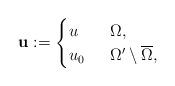
LaTeX: \begin{align*}&\mathbf{u}:=\begin{cases} u&\;\;\Omega, \\ u_{0}&\;\;\Omega'\setminus\overline{\Omega},\end{cases}\end{align*}